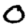
Digit: 0